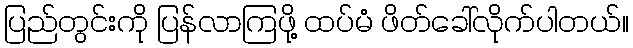
ပြည်တွင်းကို ပြန်လာကြဖို့ ထပ်မံ ဖိတ်ခေါ်လိုက်ပါတယ်။